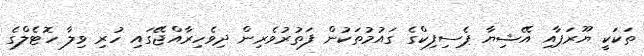
ތަކަކީ ޔޫރަޕާއި އޭޝިޔާ ޕެސިފިކްގެ ގައުމުތަކުން ފަތުރުވެރިން ދިވެހިރާއްޖޭގައި ހުރި ވިލާ ހޮޓެލްގެ